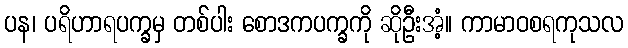
ပန၊ ပရိဟာရပက္ခမှ တစ်ပါး စောဒကပက္ခကို ဆိုဦးအံ့။ ကာမာဝစရကုသလ